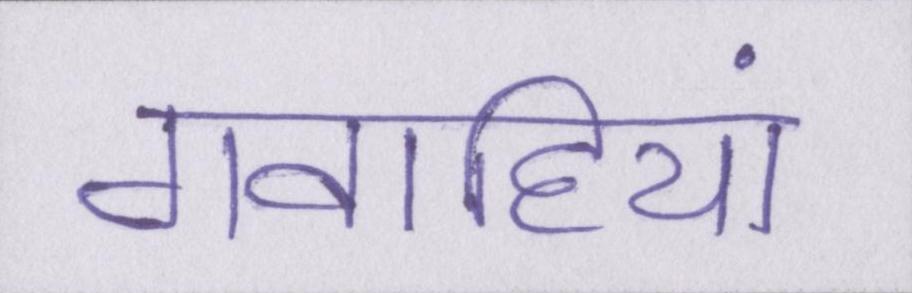
गवाहियां